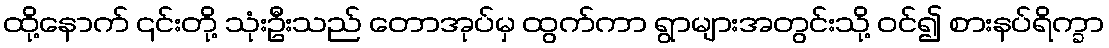
ထို့နောက် ၎င်းတို့ သုံးဦးသည် တောအုပ်မှ ထွက်ကာ ရွာများအတွင်းသို့ ဝင်၍ စားနပ်ရိက္ခာ